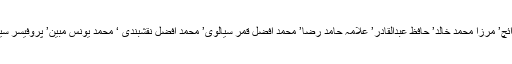
چوہدری عرفان اکبر وڑائچ’ چوہدری طاہر محمود وڑائچ’ چوہدری نوید اسلم وڑائچ’ مرزا محمد خالد’ حافظ عبدالقادر’ علامہ حامد رضا’ محمد افضل قمر سیالوی’ محمد افضل نقشبندی ‘ محمد یونس مبین’ پروفیسر سید افتخار حسین’ و دیگر علمائے کرام اور اہم شخصیات نے بھر پور شرکت کی۔